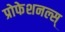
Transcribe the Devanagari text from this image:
प्रोफेशनल्स्